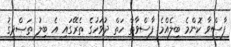
ފާސްވާ ކޮންމެ ބިލެއްމެ ފާސްވާތާ ހަތް ދުވަހުގެ ތެރޭގައި އެ ބިލު ތަޞްދީޤު